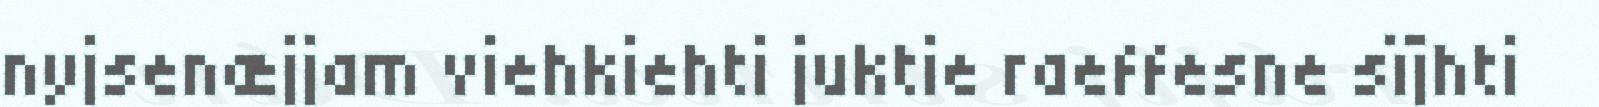
nyjsenæjjam viehkiehti juktie raeffesne sïjhti